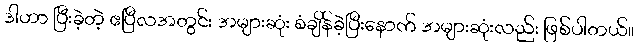
ဒါဟာ ပြီးခဲ့တဲ့ ဧပြီလအတွင်း အများဆုံး စံချိန်ခဲ့ပြီးနောက် အများဆုံးလည်း ဖြစ်ပါတယ်။